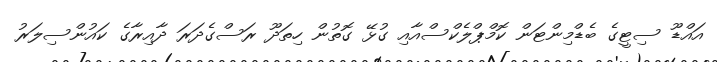
އައްޑޫ ސިޓީގެ ބެޑްމިންޓަން ކޮމްޕްލެކްސްއާއި ގުޅޭ ގޮތުން ހިތަދޫ ރަސްގެދަރަ ދާއިރާގެ ކައުންސިލަރު